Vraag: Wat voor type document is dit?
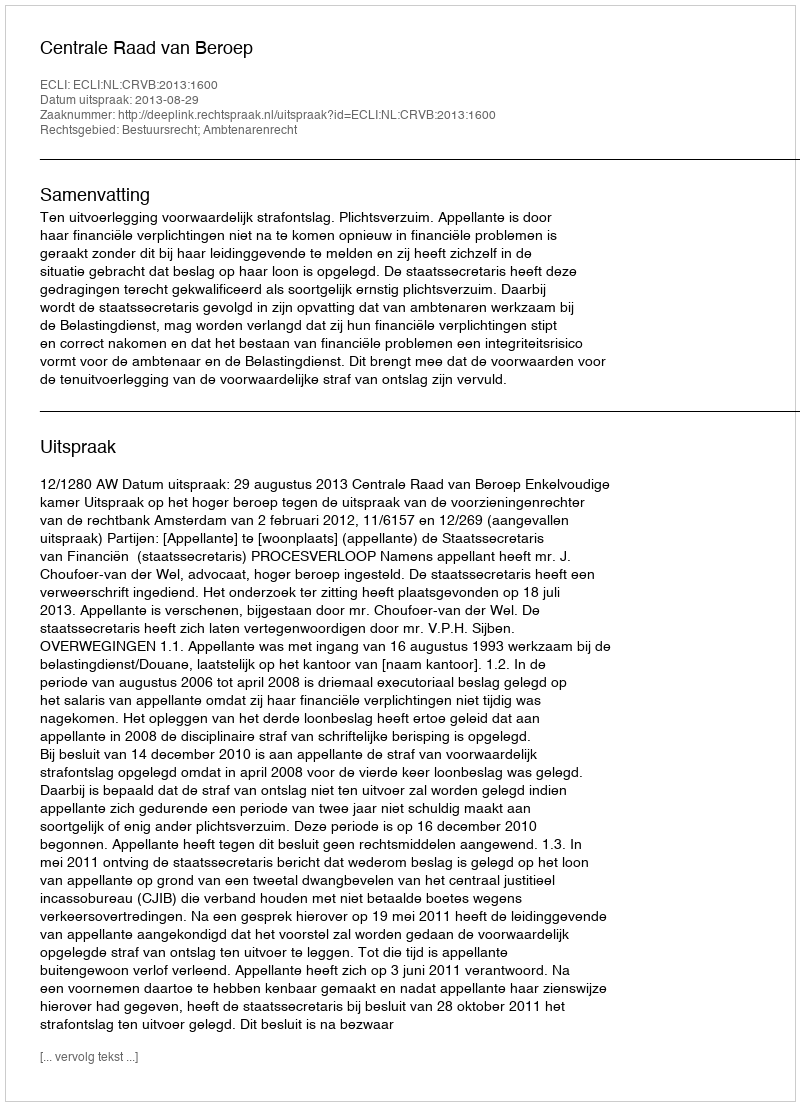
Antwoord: Uitspraak